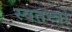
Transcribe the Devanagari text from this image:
स्वतन्त्रो